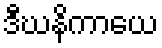
ဒီဃနိကာယေ